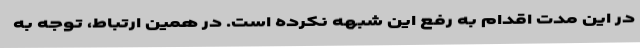
در این مدت اقدام به رفع این شبهه نکرده است. در همین ارتباط، توجه به